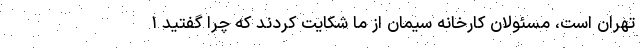
تهران است، مسئولان کارخانه سیمان از ما شکایت کردند که چرا گفتید ۱